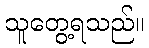
သူတွေ့ရသည်။